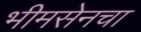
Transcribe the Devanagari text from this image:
भीमसेनचा